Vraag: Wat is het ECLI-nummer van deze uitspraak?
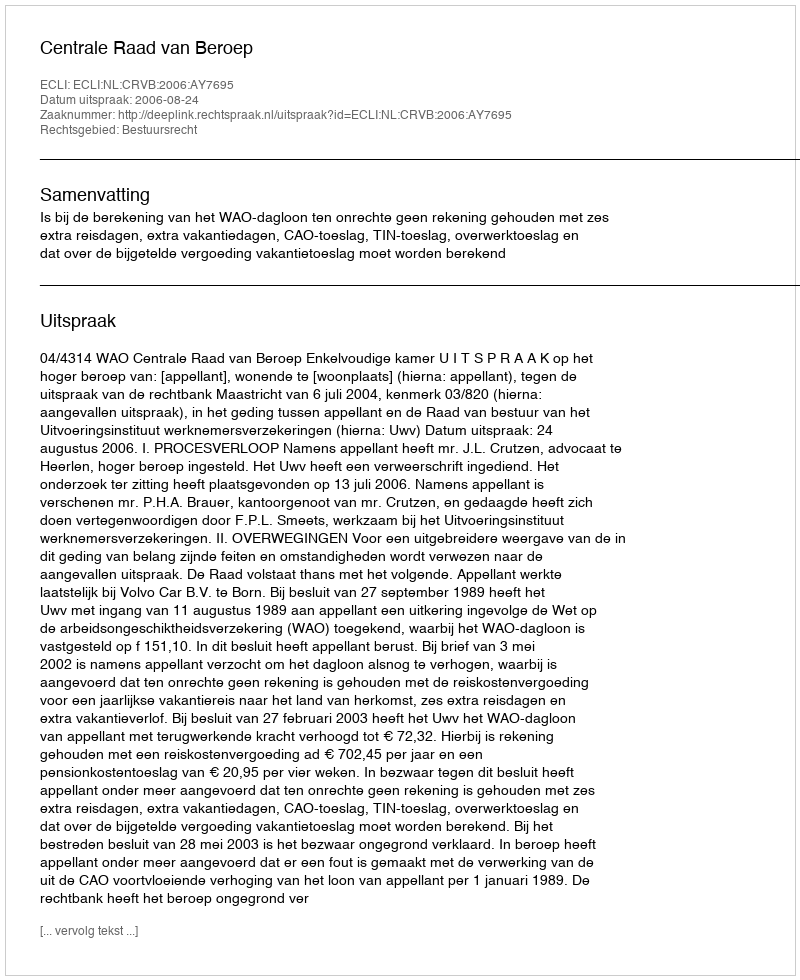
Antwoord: ECLI:NL:CRVB:2006:AY7695